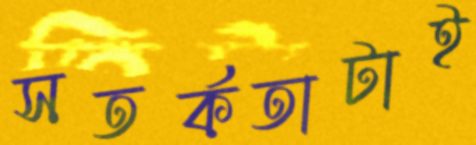
সতর্কতাটাই